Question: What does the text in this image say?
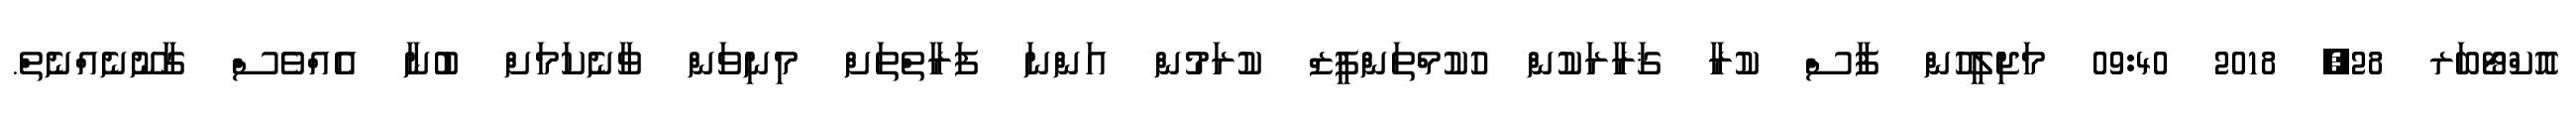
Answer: އޮކްޓޯބަރ 28, 2018 09:40 މަޖިލީހުން ފާސް ކުރާ ޤަރާރަކުން ހުކުމްތަންފީޒް ކުރަމުން އަންނަ ފަރާތްތަށް މިނިވަން ވާނެކަމަށް ބުނާ އެއްވެސް ގާނޫނެއްނެތް.